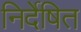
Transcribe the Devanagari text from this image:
निर्देषित